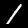
Label: 1